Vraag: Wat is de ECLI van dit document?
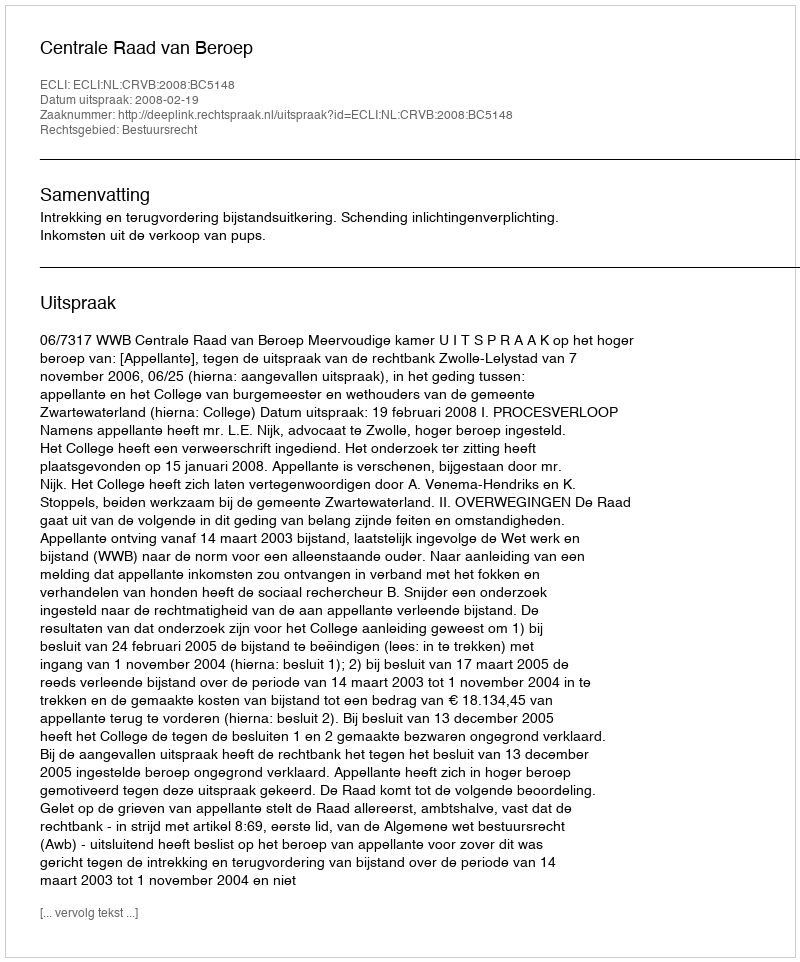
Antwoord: ECLI:NL:CRVB:2008:BC5148